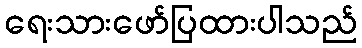
ရေးသားဖော်ပြထားပါသည်